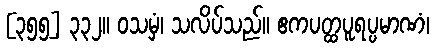
[၃၅၅] ၃၃၂။ ဝသမှံ၊ သလိပ်သည်။ ဧကပတ္ထပူရပ္ပမာဏံ၊